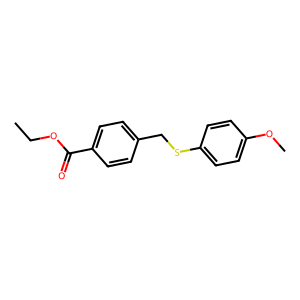
SMILES: CCOC(=O)c1ccc(CSc2ccc(OC)cc2)cc1
Inhibits HIV replication: No